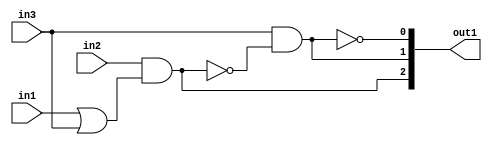
`timescale 1ps / 1ps
/*****************************************************************************
    Verilog RTL Description
    
    
    Created by: Stratus DpOpt 2019.1.01 
*******************************************************************************/

module DC_Filter_gen_busy_r_4 (
	in1,
	in2,
	in3,
	out1
	); /* architecture "behavioural" */ 
input  in1,
	in2,
	in3;
output [2:0] out1;
wire  asc004,
	asc005,
	asc007,
	asc009;
wire [2:0] asc010;

assign asc005 = 
	(in1)
	|(in3);

assign asc004 = 
	(in2)
	&(asc005);

assign asc007 = 
	(in3)
	&((~asc004));

assign asc009 = 
	((~asc007));

assign asc010 = {asc004,asc007,asc009};

assign out1 = asc010;
endmodule

/* CADENCE  uLjwTQE= : u9/ySgnWtBlWxVPRXgAZ4Og= ** DO NOT EDIT THIS LINE ******/